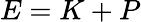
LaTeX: E=K+P